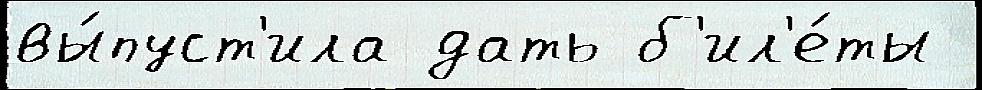
вы́пуст'ила дать б'ил'е́ты